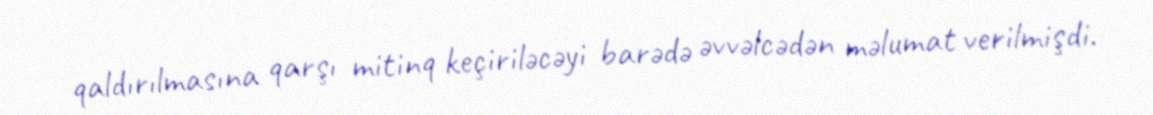
qaldırılmasına qarşı mitinq keçiriləcəyi barədə əvvəlcədən məlumat verilmişdi.